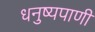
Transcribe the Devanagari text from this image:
धनुष्यपाणी